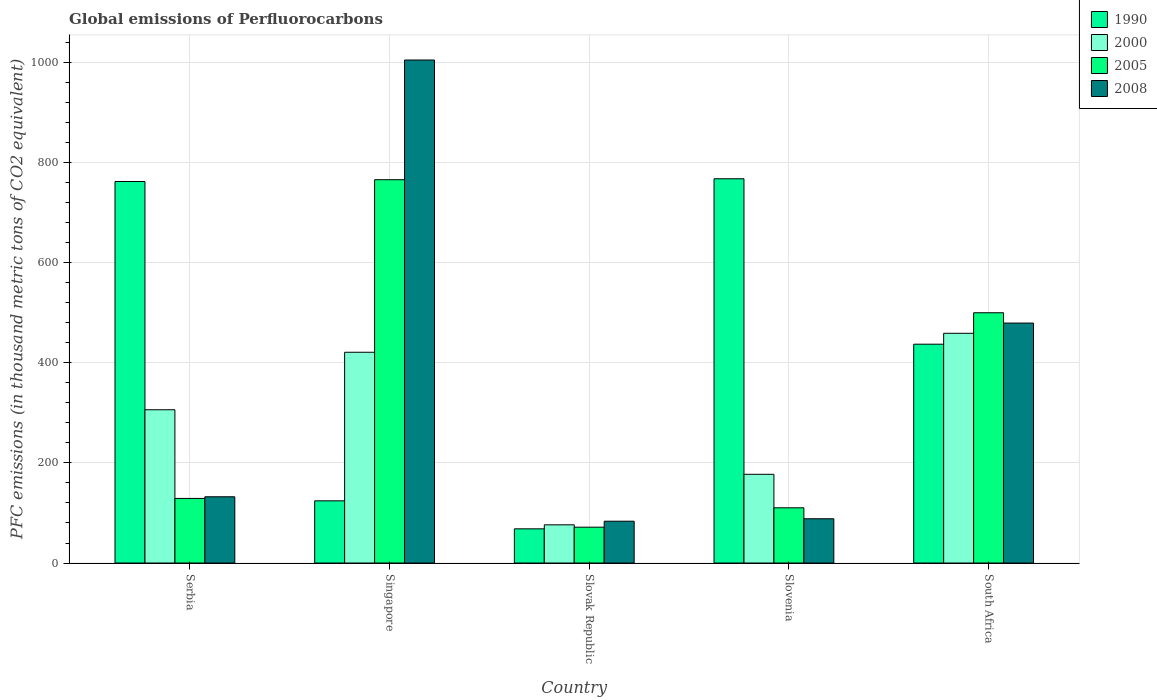
| Country | 1990 | 2000 | 2005 | 2008 |
 | --- | --- | --- | --- | --- |
 | Serbia | 762 | 306 | 129 | 132 |
 | Singapore | 124 | 421 | 766 | 1e+03 |
 | Slovak Republic | 68.3 | 76.3 | 71.6 | 83.5 |
 | Slovenia | 767 | 177 | 110 | 88.4 |
 | South Africa | 437 | 459 | 500 | 479 |